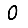
Digit: 0